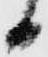
日